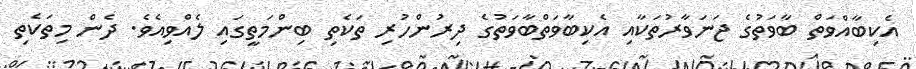
އެކިބާއްވަތް ބާވަތުގެ ޖަނަވާރުތަކާއި އެކިބާވަތްބާވަތުގެ ދިރުންހުރި ތަކެތި ބިންމަތީގައި ލެއްވިއެވެ. ދެން މިތަކެތި